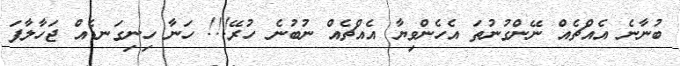
ބުނާނެ އެއްޗެއް ނޭންގުނުތަ އެހެންވިޔާ އެއްޗެއް ނުބުނެ ހުރޭ!!! ހަނާ ހިނިގަނޑެއް ޖަހާލާފަ